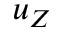
u _ { Z }